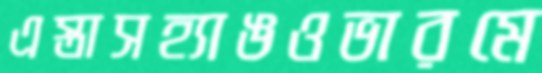
এস্তাসহ্যাঙওভারমে